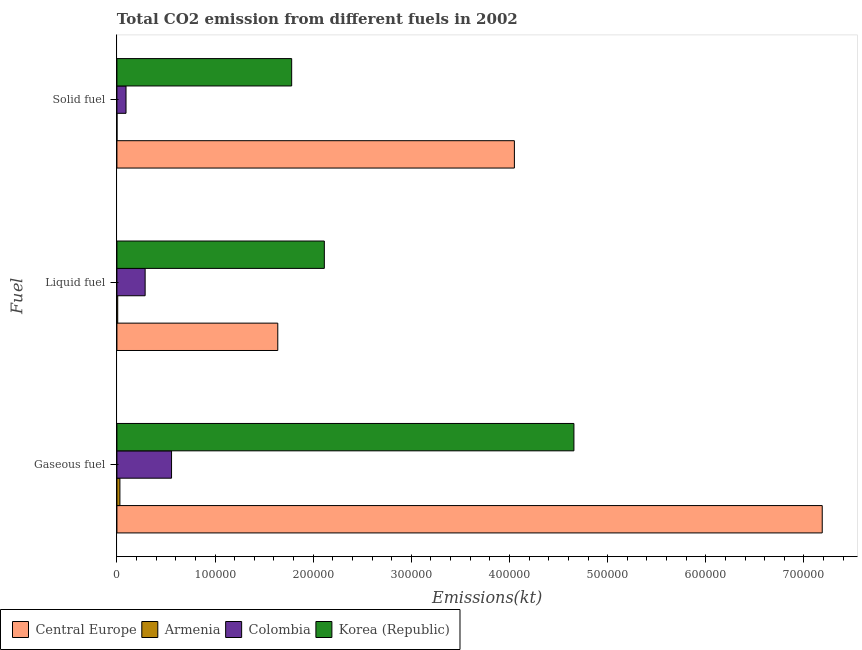
| Fuel | Central Europe | Armenia | Colombia | Korea (Republic) |
 | --- | --- | --- | --- | --- |
 | Gaseous fuel | 7.19e+05 | 3.04e+03 | 5.57e+04 | 4.66e+05 |
 | Liquid fuel | 1.64e+05 | 818 | 2.87e+04 | 2.11e+05 |
 | Solid fuel | 4.05e+05 | 47.7 | 9.27e+03 | 1.78e+05 |